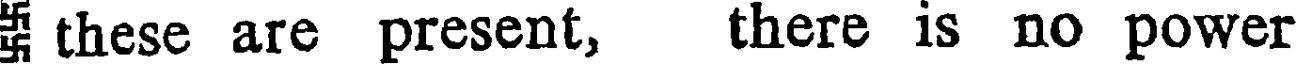
these are present, there is no power